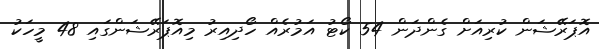
އޮޕަރޭޝަން ކުރިއަށް ގެންދަން 54 ކޯޓު އަމުރެއް ހޯދިއިރު މިއޮޕަރޭޝަންގައި 48 މީހަކު